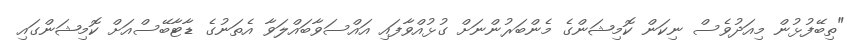
"ތިބޭފުޅުން މިއަދުވެސް ނިކަން ކޮމިޝަންގެ މެންބަރުންނަށް ގުޅުއްވާފައި އައްސަވާބައްލަވާ އެތަނުގެ ޑާޓާބޭސްއަށް ކޮމިޝަންގައި